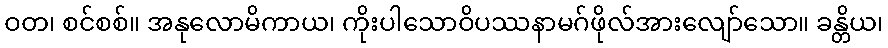
ဝတ၊ စင်စစ်။ အနုလောမိကာယ၊ ကိုးပါသောဝိပဿနာမဂ်ဖိုလ်အားလျော်သော။ ခန္တိယ၊